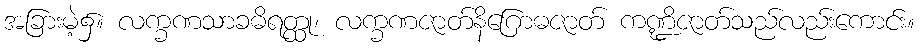
အခြားမဲ့၌။ လက္ခဏသာခဓိရတ္ထု၊ လက္ခဏဇာတ်နိဂြောဓဇာတ် ကဏ္ဍိဇာတ်သည်လည်းကောင်း။